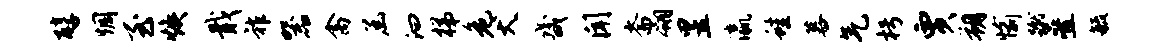
醇惆至焕戢祚器禽函汩梯危犬畿闻斋翎昱瀛蛙暮气枵贾朔愉蹴叠毓